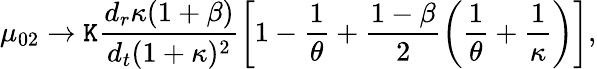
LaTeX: \mu_{02}\to\mathtt{K}\frac{{{d_{r}}\kappa(1+\beta)}}{{{d_{t}}(1+\kappa)^{2}}}\left[1-\frac{{1}}{{\theta}}+\frac{{1-\beta}}{{2}}\left(\frac{{1}}{{\theta}}+\frac{{1}}{{\kappa}}\right)\right],